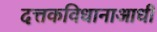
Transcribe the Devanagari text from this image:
दत्तकविधानाआधी